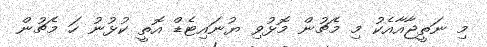
މި ނަތީޖާއާއެކު މި މެޗުން މޮޅުވި ޔުނައިޓެޑް އޮތީ ކުޅުނު ހަ މެޗުން